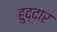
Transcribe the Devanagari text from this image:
हुद्दार